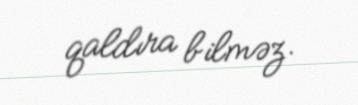
qaldıra bilməz.